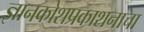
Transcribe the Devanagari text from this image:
ज्ञानकोशप्रकाशनाचा